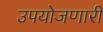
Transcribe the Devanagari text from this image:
उपयोजणारी